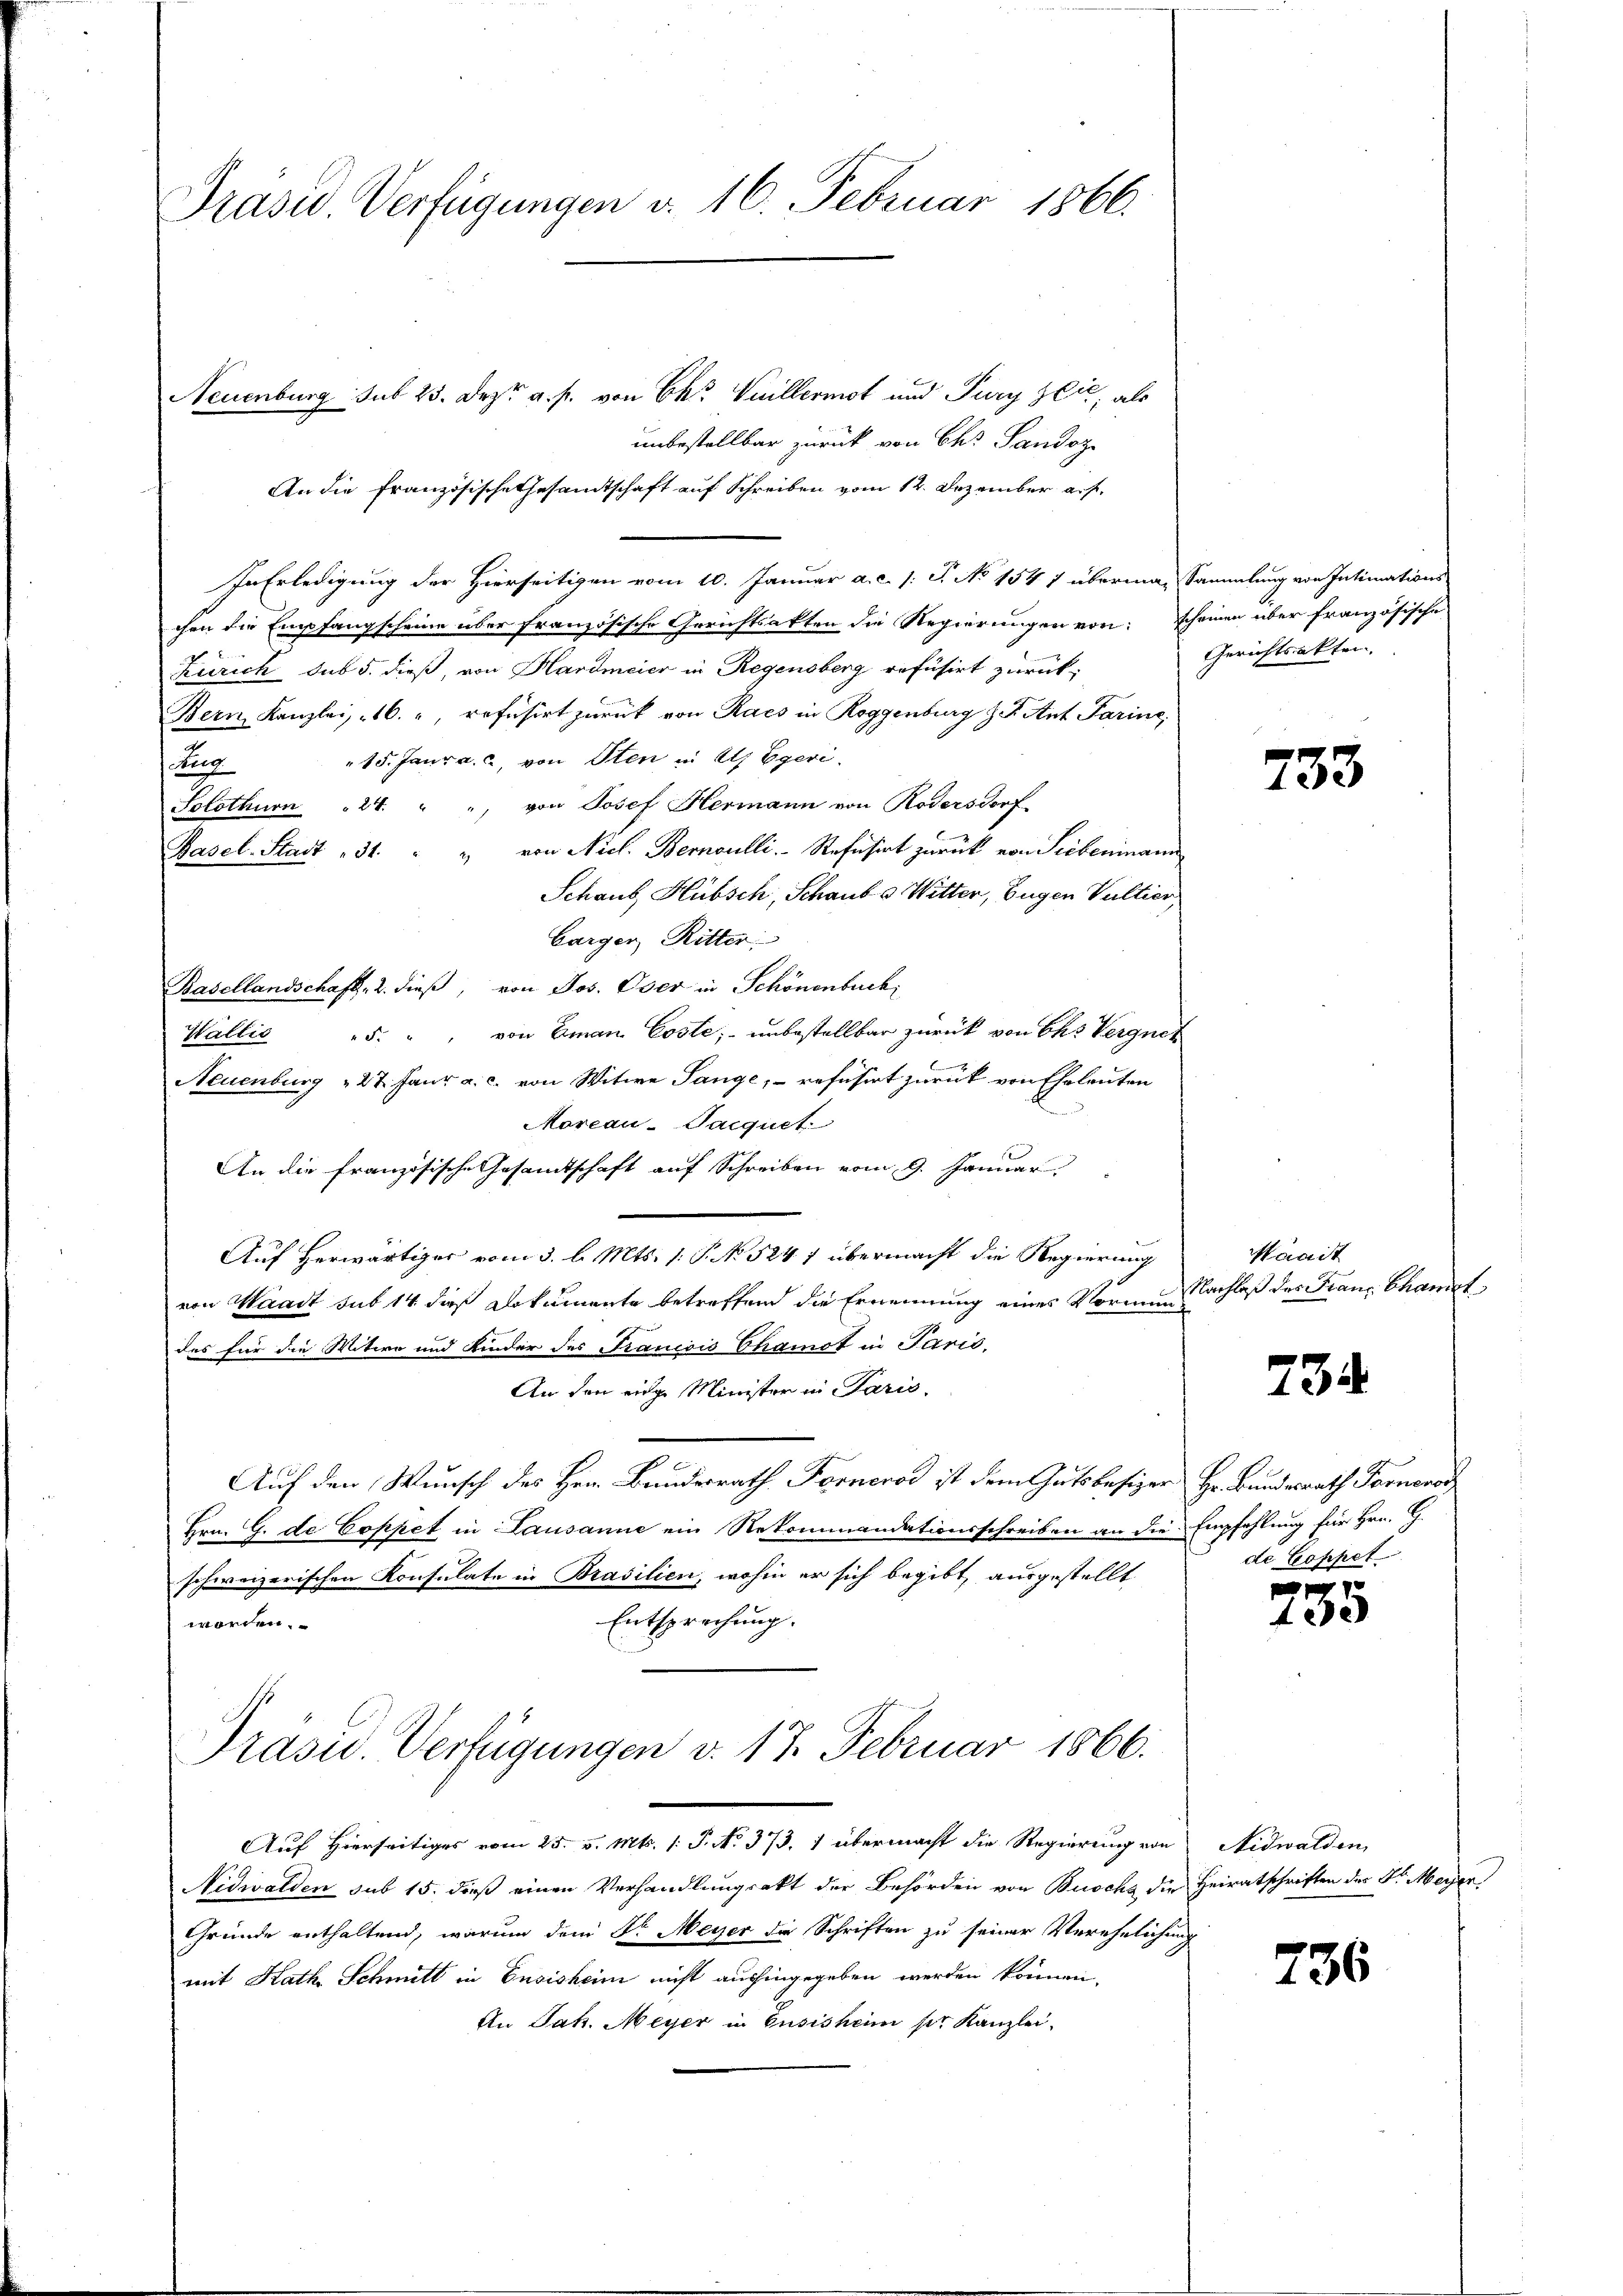
Präsid. Verfügungen d. 16. Februar 1866.

Neuenburg sub 23. Dez. a. p. von Ek Vuillermot und Pury Zeit, als
unbestellbar zurück von Ch. Sandoz
An die Französische Gesamtschaft auf Schreiben vom 12. Dezember auf.
In Erledigung der Hierseitigen vom 10. Januar a. c. s. S. No 1541 überma-Sammlung von Intimations-
chen die Empfangscheine über französische Gerichtsakten die Regierungen von: scheinen aber französische
Zürich sub 5. dieß, von Hardmeier in Regensberg refüsirt zurück¬
Bern Kanzlei, 16. ", refüsirt zurück von Racs in Roggenburg z. Ant. Parine,
15. Janr a. c. von Sten in Ah Egeri
Zeug
Solothurn 24. " " von Josef Hermann von Rodersdorf-
Pasel-Stadt 31. " " von Nicl. Bernoulli. Refusirt zurück von Siebeninam
Schaub, Hübsch, Schaub o Witter, Eugen Sultier,
Carger, Ritter
Basellandschaft, 2. dieß, von Jos. Oser in Schönenbuch,
Wallić "5. " " von Eman Coste; unbestellbar zurück von Ehe Vergnet
.
Neuenburg 27. Janr a. c. von Witwe Sange, refusirt zurück von Eheleuten
Morcau-Pacquet
An die französische Gesamtschaft auf Schreiben vom 9. Januar
Auf herwärtiger vom 3. l. Mts. 1. P. No 524 1 übermacht die Regierung
von Waadt sub 14 dieß Dokumente betreffend die Ernennung eines Vormun
des für die Witwe und Kinder des Francois Chamot in Paris,
An den einge Minister in Paris,
Auf den Wunsch des Hrn. Bundesrath Ferneros ist dem Gutsbesizer Hr. Bundesrath Farneros
Hrn. G. de Coppet in Lausanne ein Rekommandationsschreiben an die Empfehlung für Hrn. G.
schweizerischen Konsulate in Brasilien, wohin er sich begibt, ausgestellt
Entsprechung.
worden.
Präsid.. Verfügungen v. 17. Februar 1866.

Gerichtsakten.

733

Maait
Nachlaß des Franz Chamet

734

de Coppet

Auf Hierseitiges vom 25. v. Mts. 1. P. No. 373. 1 übermacht die Regierung von
Nidwalden sub 15. dieß einen Verhandlungsakt der Behörden von Buscha die Heiratschriften des Sr. Meyer
Gründe enthaltend, warum dem Dr. Meyer die Schriften zu seiner Verehelichung
mit Kath. Schmitt in Ensisheim nicht aushingegeben werden können,
An Jak. Meyer in Gusisheim per Kanzlei-

735

Nidwalden,

736